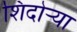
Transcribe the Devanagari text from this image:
शिदोऱ्या